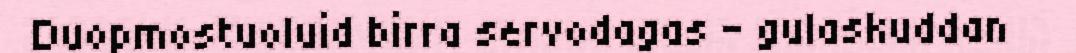
Duopmostuoluid birra servodagas – gulaskuddan